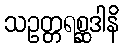
သဥတ္တရစ္ဆဒါနိ